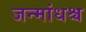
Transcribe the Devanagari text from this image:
जन्मांधश्च